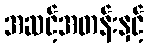
အဆင့်အတန်းနှင့်